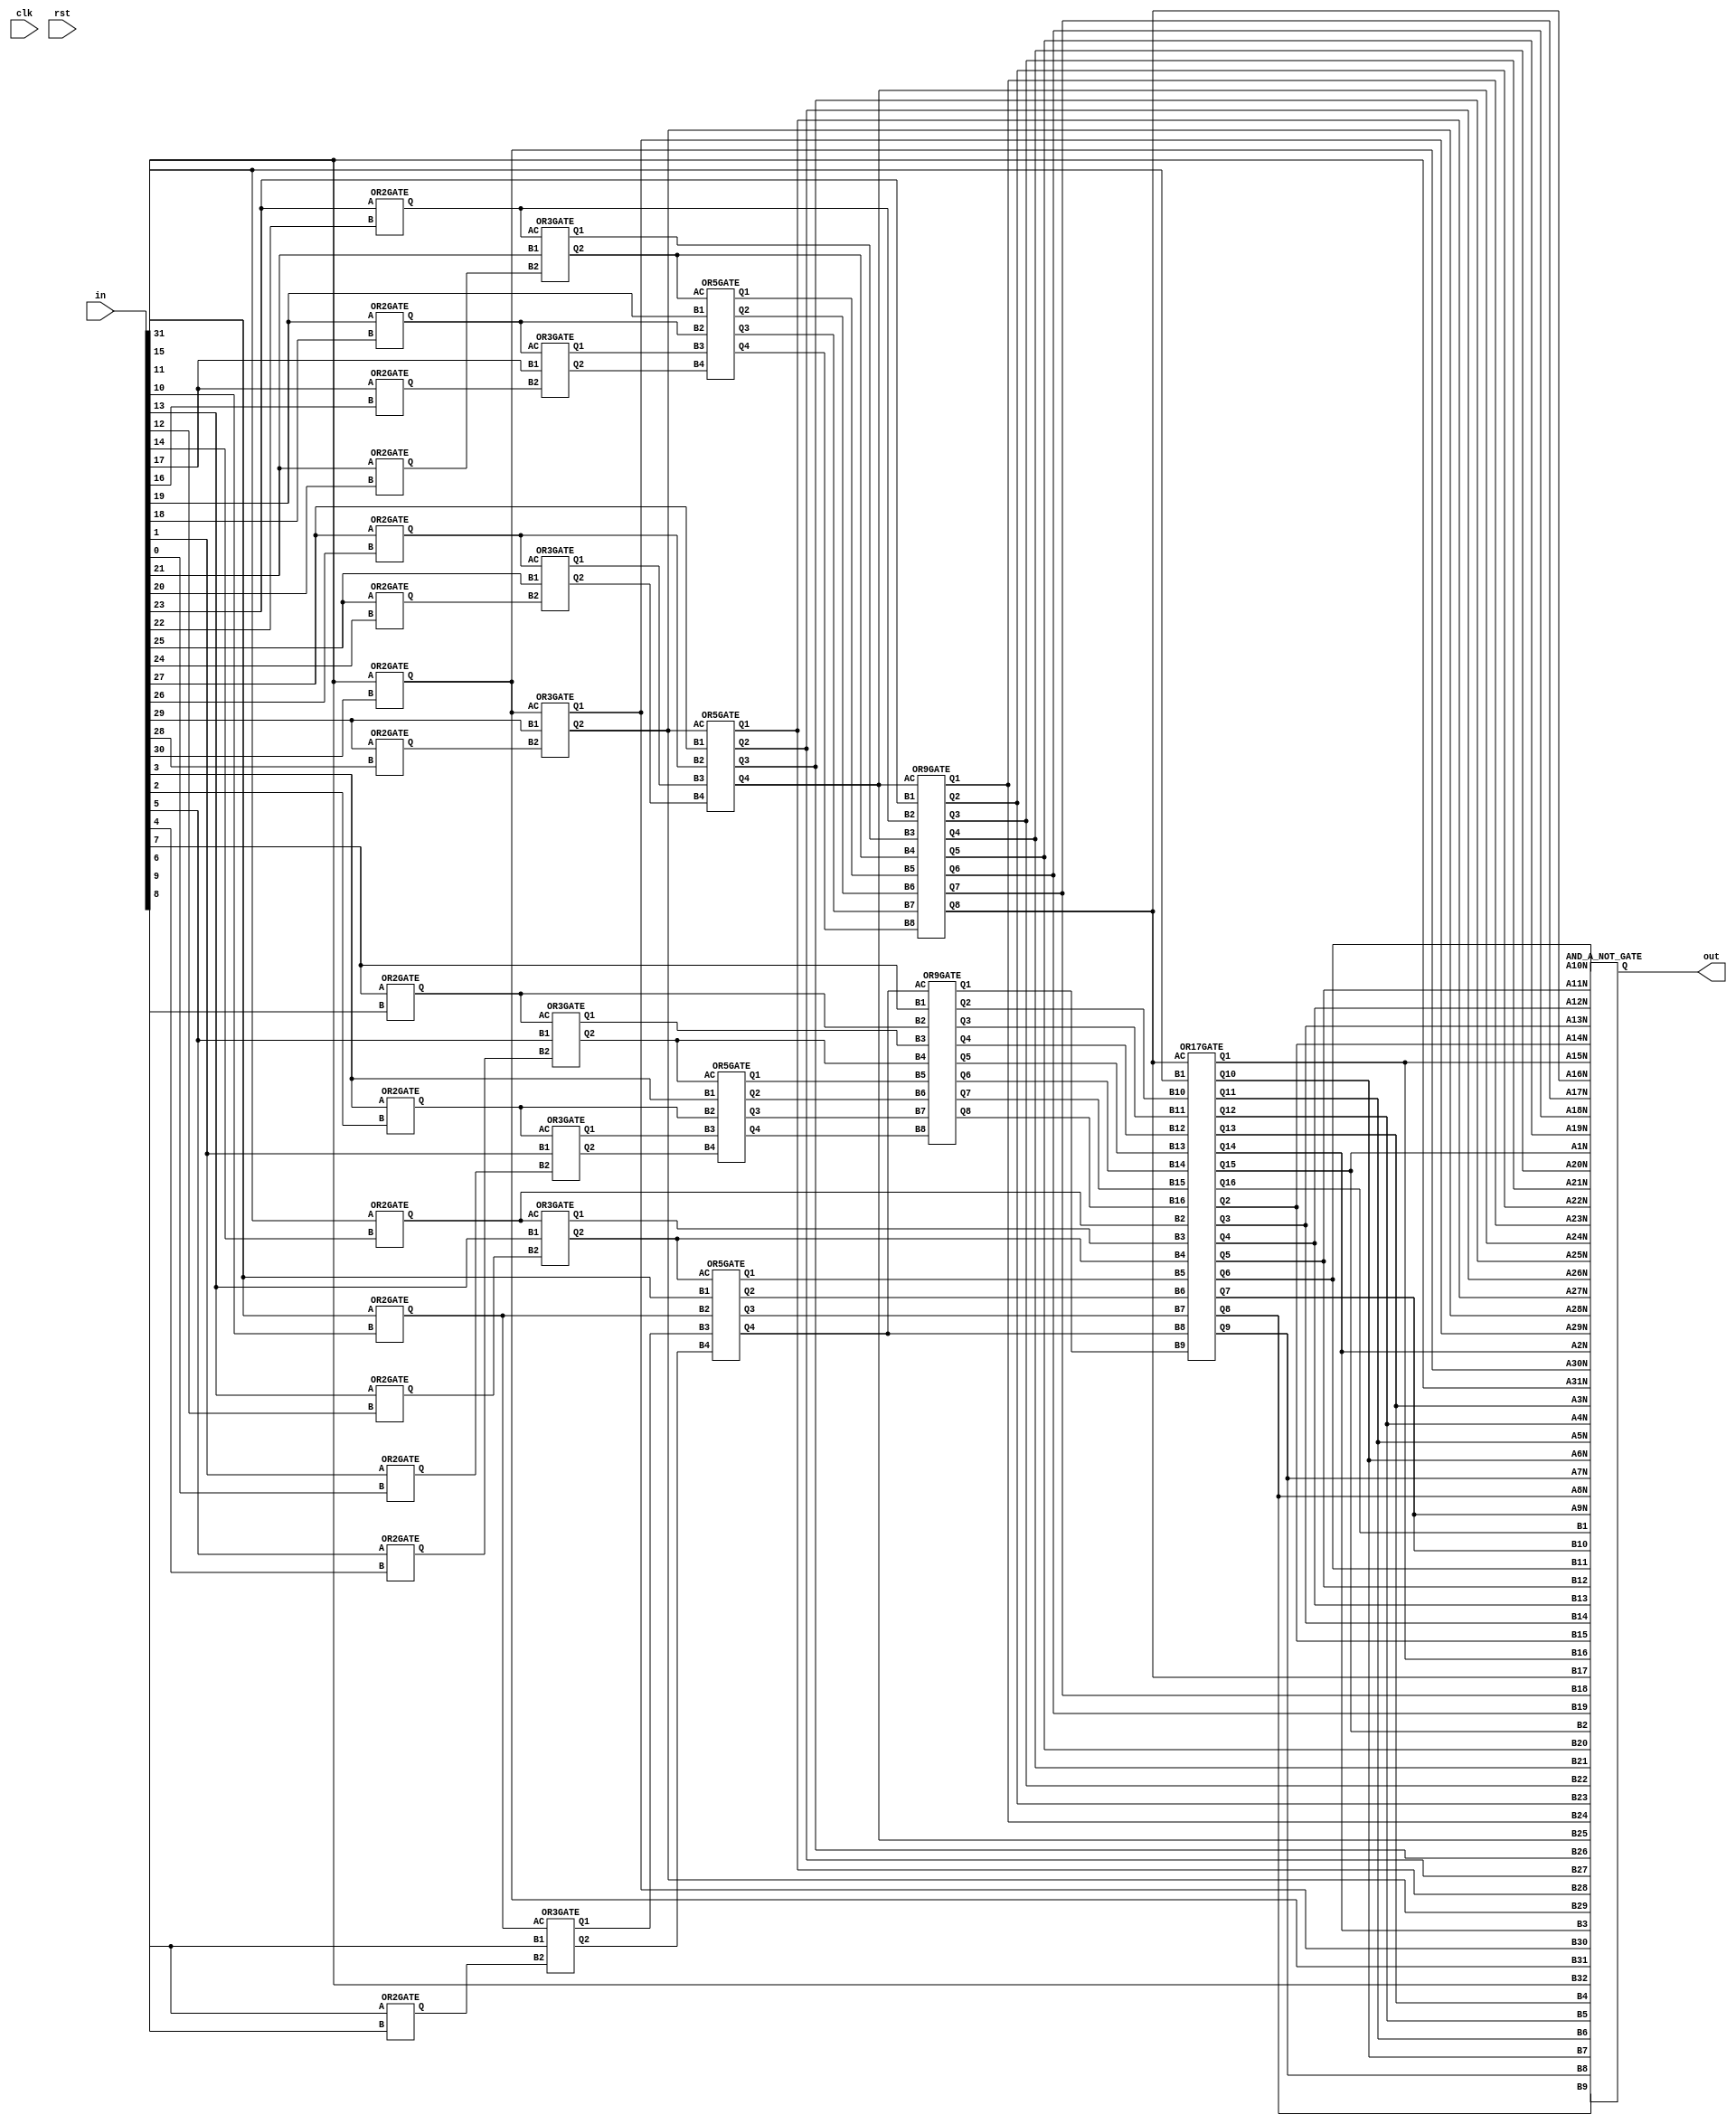
`timescale 1ns / 1ps
//////////////////////////////////////////////////////////////////////////////////
// Company: Ozyegin University
// 
// Design Name: 
// Module Name: PriorityEncoderWithLadnerFischer
// Project Name: 
// Target Devices: 
// Tool Versions: 
// Description: 
// 
// Dependencies: 
// 
// Revision:
// Revision 0.01 - File Created
// Additional Comments:
// 
//////////////////////////////////////////////////////////////////////////////////


module PriorityEncoderWithLadnerFischer(input clk, input rst, input [31:0]in, output [31:0]out);

wire orOut1_0, orOut3_2, orOut5_4, orOut7_6, orOut9_8, orOut11_10, orOut13_12,orOut15_14,orOut17_16,orOut19_18,orOut21_20,orOut23_22,orOut25_24,orOut27_26,orOut29_28,orOut31_30;

OR2GATE OR2GATE_IN1_0(.A(in[1]),.B(in[0]), .Q(orOut1_0));
OR2GATE OR2GATE_IN3_2(.A(in[3]),.B(in[2]), .Q(orOut3_2));
OR2GATE OR2GATE_IN5_4(.A(in[5]),.B(in[4]), .Q(orOut5_4));
OR2GATE OR2GATE_IN7_6(.A(in[7]),.B(in[6]), .Q(orOut7_6));
OR2GATE OR2GATE_IN9_8(.A(in[9]),.B(in[8]), .Q(orOut9_8));
OR2GATE OR2GATE_IN11_10(.A(in[11]),.B(in[10]), .Q(orOut11_10));
OR2GATE OR2GATE_IN13_12(.A(in[13]),.B(in[12]), .Q(orOut13_12));
OR2GATE OR2GATE_IN15_14(.A(in[15]),.B(in[14]), .Q(orOut15_14));
OR2GATE OR2GATE_IN17_16(.A(in[17]),.B(in[16]), .Q(orOut17_16));
OR2GATE OR2GATE_IN19_18(.A(in[19]),.B(in[18]), .Q(orOut19_18));
OR2GATE OR2GATE_IN21_20(.A(in[21]),.B(in[20]), .Q(orOut21_20));
OR2GATE OR2GATE_IN23_22(.A(in[23]),.B(in[22]), .Q(orOut23_22));
OR2GATE OR2GATE_IN25_24(.A(in[25]),.B(in[24]), .Q(orOut25_24));
OR2GATE OR2GATE_IN27_26(.A(in[27]),.B(in[26]), .Q(orOut27_26));
OR2GATE OR2GATE_IN29_28(.A(in[29]),.B(in[28]), .Q(orOut29_28));
OR2GATE OR2GATE_IN31_30(.A(in[31]),.B(in[30]), .Q(orOut31_30));

wire orOut2_0_Q1, orOut6_4_Q1, orOut10_8_Q1, orOut14_12_Q1, orOut18_16_Q1, orOut22_20_Q1,orOut26_24_Q1,orOut30_28_Q1,
     orOut2_0_Q2, orOut6_4_Q2, orOut10_8_Q2, orOut14_12_Q2, orOut18_16_Q2, orOut22_20_Q2,orOut26_24_Q2,orOut30_28_Q2;


OR3GATE OR3GATE_IN2_0(.AC(orOut3_2), .B1(in[1]), .B2(orOut1_0), .Q1(orOut2_0_Q1), .Q2(orOut2_0_Q2));
OR3GATE OR3GATE_IN6_4(.AC(orOut7_6), .B1(in[5]), .B2(orOut5_4), .Q1(orOut6_4_Q1), .Q2(orOut6_4_Q2));
OR3GATE OR3GATE_IN10_8(.AC(orOut11_10), .B1(in[9]), .B2(orOut9_8), .Q1(orOut10_8_Q1), .Q2(orOut10_8_Q2));
OR3GATE OR3GATE_IN14_12(.AC(orOut15_14), .B1(in[13]), .B2(orOut13_12), .Q1(orOut14_12_Q1), .Q2(orOut14_12_Q2));
OR3GATE OR3GATE_IN18_16(.AC(orOut19_18), .B1(in[17]), .B2(orOut17_16), .Q1(orOut18_16_Q1), .Q2(orOut18_16_Q2));
OR3GATE OR3GATE_IN22_20(.AC(orOut23_22), .B1(in[21]), .B2(orOut21_20), .Q1(orOut22_20_Q1), .Q2(orOut22_20_Q2));
OR3GATE OR3GATE_IN26_24(.AC(orOut27_26), .B1(in[25]), .B2(orOut25_24), .Q1(orOut26_24_Q1), .Q2(orOut26_24_Q2));
OR3GATE OR3GATE_IN30_28(.AC(orOut31_30), .B1(in[29]), .B2(orOut29_28), .Q1(orOut30_28_Q1), .Q2(orOut30_28_Q2));

wire orOut4_0_Q1,orOut4_0_Q2, orOut4_0_Q3, orOut4_0_Q4, orOut12_8_Q1, orOut12_8_Q2, orOut12_8_Q3, orOut12_8_Q4,
     orOut20_16_Q1, orOut20_16_Q2, orOut20_16_Q3, orOut20_16_Q4, orOut28_24_Q1, orOut28_24_Q2, orOut28_24_Q3, orOut28_24_Q4;

OR5GATE OR5GATE_IN4_0(.AC(orOut6_4_Q2), .B1(in[3]), .B2(orOut3_2), .B3(orOut2_0_Q1), .B4(orOut2_0_Q2), .Q1(orOut4_0_Q1), .Q2(orOut4_0_Q2), .Q3(orOut4_0_Q3), .Q4(orOut4_0_Q4));
OR5GATE OR5GATE_IN12_8(.AC(orOut14_12_Q2), .B1(in[11]), .B2(orOut11_10), .B3(orOut10_8_Q1), .B4(orOut10_8_Q2), .Q1(orOut12_8_Q1), .Q2(orOut12_8_Q2), .Q3(orOut12_8_Q3), .Q4(orOut12_8_Q4));
OR5GATE OR5GATE_IN20_16(.AC(orOut22_20_Q2), .B1(in[19]), .B2(orOut19_18), .B3(orOut18_16_Q1), .B4(orOut18_16_Q2), .Q1(orOut20_16_Q1), .Q2(orOut20_16_Q2), .Q3(orOut20_16_Q3), .Q4(orOut20_16_Q4));
OR5GATE OR5GATE_IN28_24(.AC(orOut30_28_Q2), .B1(in[27]), .B2(orOut27_26), .B3(orOut26_24_Q1), .B4(orOut26_24_Q2), .Q1(orOut28_24_Q1), .Q2(orOut28_24_Q2), .Q3(orOut28_24_Q3), .Q4(orOut28_24_Q4));

wire orOut8_0_Q1, orOut8_0_Q2, orOut8_0_Q3, orOut8_0_Q4, orOut8_0_Q5, orOut8_0_Q6, orOut8_0_Q7, orOut8_0_Q8,
     orOut24_16_Q1, orOut24_16_Q2, orOut24_16_Q3, orOut24_16_Q4, orOut24_16_Q5, orOut24_16_Q6, orOut24_16_Q7, orOut24_16_Q8;

OR9GATE OR9GATE_IN8_0(.AC(orOut12_8_Q4), .B1(in[7]), .B2(orOut7_6), .B3(orOut6_4_Q1), .B4(orOut6_4_Q2), .B5(orOut4_0_Q1), .B6(orOut4_0_Q2), .B7(orOut4_0_Q3), .B8(orOut4_0_Q4), .Q1(orOut8_0_Q1), .Q2(orOut8_0_Q2), .Q3(orOut8_0_Q3), .Q4(orOut8_0_Q4), .Q5(orOut8_0_Q5), .Q6(orOut8_0_Q6), .Q7(orOut8_0_Q7), .Q8(orOut8_0_Q8));
OR9GATE OR9GATE_IN24_16(.AC(orOut28_24_Q4), .B1(in[23]), .B2(orOut23_22), .B3(orOut22_20_Q1), .B4(orOut22_20_Q2), .B5(orOut20_16_Q1), .B6(orOut20_16_Q2), .B7(orOut20_16_Q3), .B8(orOut20_16_Q4), .Q1(orOut24_16_Q1), .Q2(orOut24_16_Q2), .Q3(orOut24_16_Q3), .Q4(orOut24_16_Q4), .Q5(orOut24_16_Q5), .Q6(orOut24_16_Q6), .Q7(orOut24_16_Q7), .Q8(orOut24_16_Q8));

wire orOut16_0_Q1, orOut16_0_Q2, orOut16_0_Q3, orOut16_0_Q4, orOut16_0_Q5, orOut16_0_Q6, orOut16_0_Q7, orOut16_0_Q8, 
     orOut16_0_Q9, orOut16_0_Q10, orOut16_0_Q11, orOut16_0_Q12, orOut16_0_Q13, orOut16_0_Q14, orOut16_0_Q15, orOut16_0_Q16;

OR17GATE OR17GATE_IN16_0(.AC(orOut24_16_Q8), .B1(in[15]), .B2(orOut15_14), .B3(orOut14_12_Q1), .B4(orOut14_12_Q2), .B5(orOut12_8_Q1), .B6(orOut12_8_Q2), .B7(orOut12_8_Q3), .B8(orOut12_8_Q4), .B9(orOut8_0_Q1), .B10(orOut8_0_Q2), .B11(orOut8_0_Q3), .B12(orOut8_0_Q4), .B13(orOut8_0_Q5), .B14(orOut8_0_Q6), .B15(orOut8_0_Q7), .B16(orOut8_0_Q8), 
                     .Q1(orOut16_0_Q1), .Q2(orOut16_0_Q2), .Q3(orOut16_0_Q3), .Q4(orOut16_0_Q4), .Q5(orOut16_0_Q5), .Q6(orOut16_0_Q6), .Q7(orOut16_0_Q7), .Q8(orOut16_0_Q8), .Q9(orOut16_0_Q9), .Q10(orOut16_0_Q10), .Q11(orOut16_0_Q11), .Q12(orOut16_0_Q12), .Q13(orOut16_0_Q13), .Q14(orOut16_0_Q14), .Q15(orOut16_0_Q15), .Q16(orOut16_0_Q16));

wire [31:0] outWire;
AND_A_NOT_GATE  AND_A_NOT_GATE(.A1N(orOut16_0_Q15), .B1(orOut16_0_Q16), .A2N(orOut16_0_Q14), .B2(orOut16_0_Q15), .A3N(orOut16_0_Q13), .B3(orOut16_0_Q14), .A4N(orOut16_0_Q12), .B4(orOut16_0_Q13),
                               .A5N(orOut16_0_Q11), .B5(orOut16_0_Q12), .A6N(orOut16_0_Q10), .B6(orOut16_0_Q11), .A7N(orOut16_0_Q9), .B7(orOut16_0_Q10), .A8N(orOut16_0_Q8), .B8(orOut16_0_Q9),
                               .A9N(orOut16_0_Q7), .B9(orOut16_0_Q8), .A10N(orOut16_0_Q6), .B10(orOut16_0_Q7), .A11N(orOut16_0_Q5), .B11(orOut16_0_Q6), .A12N(orOut16_0_Q4), .B12(orOut16_0_Q5),
                               .A13N(orOut16_0_Q3), .B13(orOut16_0_Q4), .A14N(orOut16_0_Q2), .B14(orOut16_0_Q3), .A15N(orOut16_0_Q1), .B15(orOut16_0_Q2), .A16N(orOut24_16_Q8), .B16(orOut16_0_Q1),
                   .A17N(orOut24_16_Q7), .B17(orOut24_16_Q8), .A18N(orOut24_16_Q6), .B18(orOut24_16_Q7), .A19N(orOut24_16_Q5), .B19(orOut24_16_Q6), .A20N(orOut24_16_Q4), .B20(orOut24_16_Q5),
                   .A21N(orOut24_16_Q3), .B21(orOut24_16_Q4), .A22N(orOut24_16_Q2), .B22(orOut24_16_Q3), .A23N(orOut24_16_Q1), .B23(orOut24_16_Q2), .A24N(orOut28_24_Q4), .B24(orOut24_16_Q1),
                   .A25N(orOut28_24_Q3), .B25(orOut28_24_Q4), .A26N(orOut28_24_Q2), .B26(orOut28_24_Q3), .A27N(orOut28_24_Q1), .B27(orOut28_24_Q2), .A28N(orOut30_28_Q2), .B28(orOut28_24_Q1),
                   .A29N(orOut30_28_Q1), .B29(orOut30_28_Q2), .A30N(orOut31_30), .B30(orOut30_28_Q1), .A31N(in[31]), .B31(orOut31_30), .B32(in[31]),
                   .Q(outWire));
                   
assign out=outWire;

endmodule


module OR2GATE(input A, input B, output Q);
assign Q=A|B;
endmodule

module OR3GATE( input AC,
                input B1, input B2, 
                output Q1, output Q2);
assign Q1=AC|B1;
assign Q2=AC|B2;
endmodule

module OR5GATE( input AC, 
                input B1, input B2, input B3, input B4, 
                output Q1, output Q2, output Q3, output Q4);
assign Q1=AC|B1;
assign Q2=AC|B2;
assign Q3=AC|B3;
assign Q4=AC|B4;
endmodule

module OR9GATE( input AC, 
                input B1, input B2, input B3, input B4, 
                input B5, input B6, input B7, input B8,
                output Q1, output Q2, output Q3, output Q4,
                output Q5, output Q6, output Q7, output Q8);
assign Q1=AC|B1;
assign Q2=AC|B2;
assign Q3=AC|B3;
assign Q4=AC|B4;
assign Q5=AC|B5;
assign Q6=AC|B6;
assign Q7=AC|B7;
assign Q8=AC|B8;
endmodule

module OR17GATE(input AC, 
                input B1, input B2, input B3, input B4, 
                input B5, input B6, input B7, input B8,
                input B9, input B10, input B11, input B12, 
                input B13, input B14, input B15, input B16,
                output Q1, output Q2, output Q3, output Q4,
                output Q5, output Q6, output Q7, output Q8,
                output Q9, output Q10, output Q11, output Q12,
                output Q13, output Q14, output Q15, output Q16);
assign Q1=AC|B1;
assign Q2=AC|B2;
assign Q3=AC|B3;
assign Q4=AC|B4;
assign Q5=AC|B5;
assign Q6=AC|B6;
assign Q7=AC|B7;
assign Q8=AC|B8;
assign Q9=AC|B9;
assign Q10=AC|B10;
assign Q11=AC|B11;
assign Q12=AC|B12;
assign Q13=AC|B13;
assign Q14=AC|B14;
assign Q15=AC|B15;
assign Q16=AC|B16;
endmodule



module AND_A_NOT_GATE(input A1N, input B1, input A2N, input B2, input A3N, input B3, input A4N, input B4,
                   input A5N, input B5, input A6N, input B6, input A7N, input B7, input A8N, input B8,
                   input A9N, input B9, input A10N, input B10,input A11N, input B11, input A12N, input B12,
                   input A13N, input B13, input A14N, input B14,input A15N, input B15, input A16N, input B16,
                   input A17N, input B17, input A18N, input B18, input A19N, input B19, input A20N, input B20,
                   input A21N, input B21, input A22N, input B22, input A23N, input B23, input A24N, input B24,
                   input A25N, input B25, input A26N, input B26,input A27N, input B27, input A28N, input B28,
                   input A29N, input B29, input A30N, input B30,input A31N, input B31, input A32N, input B32,
                   output [31:0] Q);
assign Q[0]=~A1N&B1;
assign Q[1]=~A2N&B2;
assign Q[2]=~A3N&B3;
assign Q[3]=~A4N&B4;
assign Q[4]=~A5N&B5;
assign Q[5]=~A6N&B6;
assign Q[6]=~A7N&B7;
assign Q[7]=~A8N&B8;
assign Q[8]=~A9N&B9;
assign Q[9]=~A10N&B10;
assign Q[10]=~A11N&B11;
assign Q[11]=~A12N&B12;
assign Q[12]=~A13N&B13;
assign Q[13]=~A14N&B14;
assign Q[14]=~A15N&B15;
assign Q[15]=~A16N&B16;
assign Q[16]=~A17N&B17;
assign Q[17]=~A18N&B18;
assign Q[18]=~A19N&B19;
assign Q[19]=~A20N&B20;
assign Q[20]=~A21N&B21;
assign Q[21]=~A22N&B22;
assign Q[22]=~A23N&B23;
assign Q[23]=~A24N&B24;
assign Q[24]=~A25N&B25;
assign Q[25]=~A26N&B26;
assign Q[26]=~A27N&B27;
assign Q[27]=~A28N&B28;
assign Q[28]=~A29N&B29;
assign Q[29]=~A30N&B30;
assign Q[30]=~A31N&B31;
assign Q[31]=~A32N&B32;
endmodule